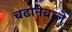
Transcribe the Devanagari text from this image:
चढानेवाले